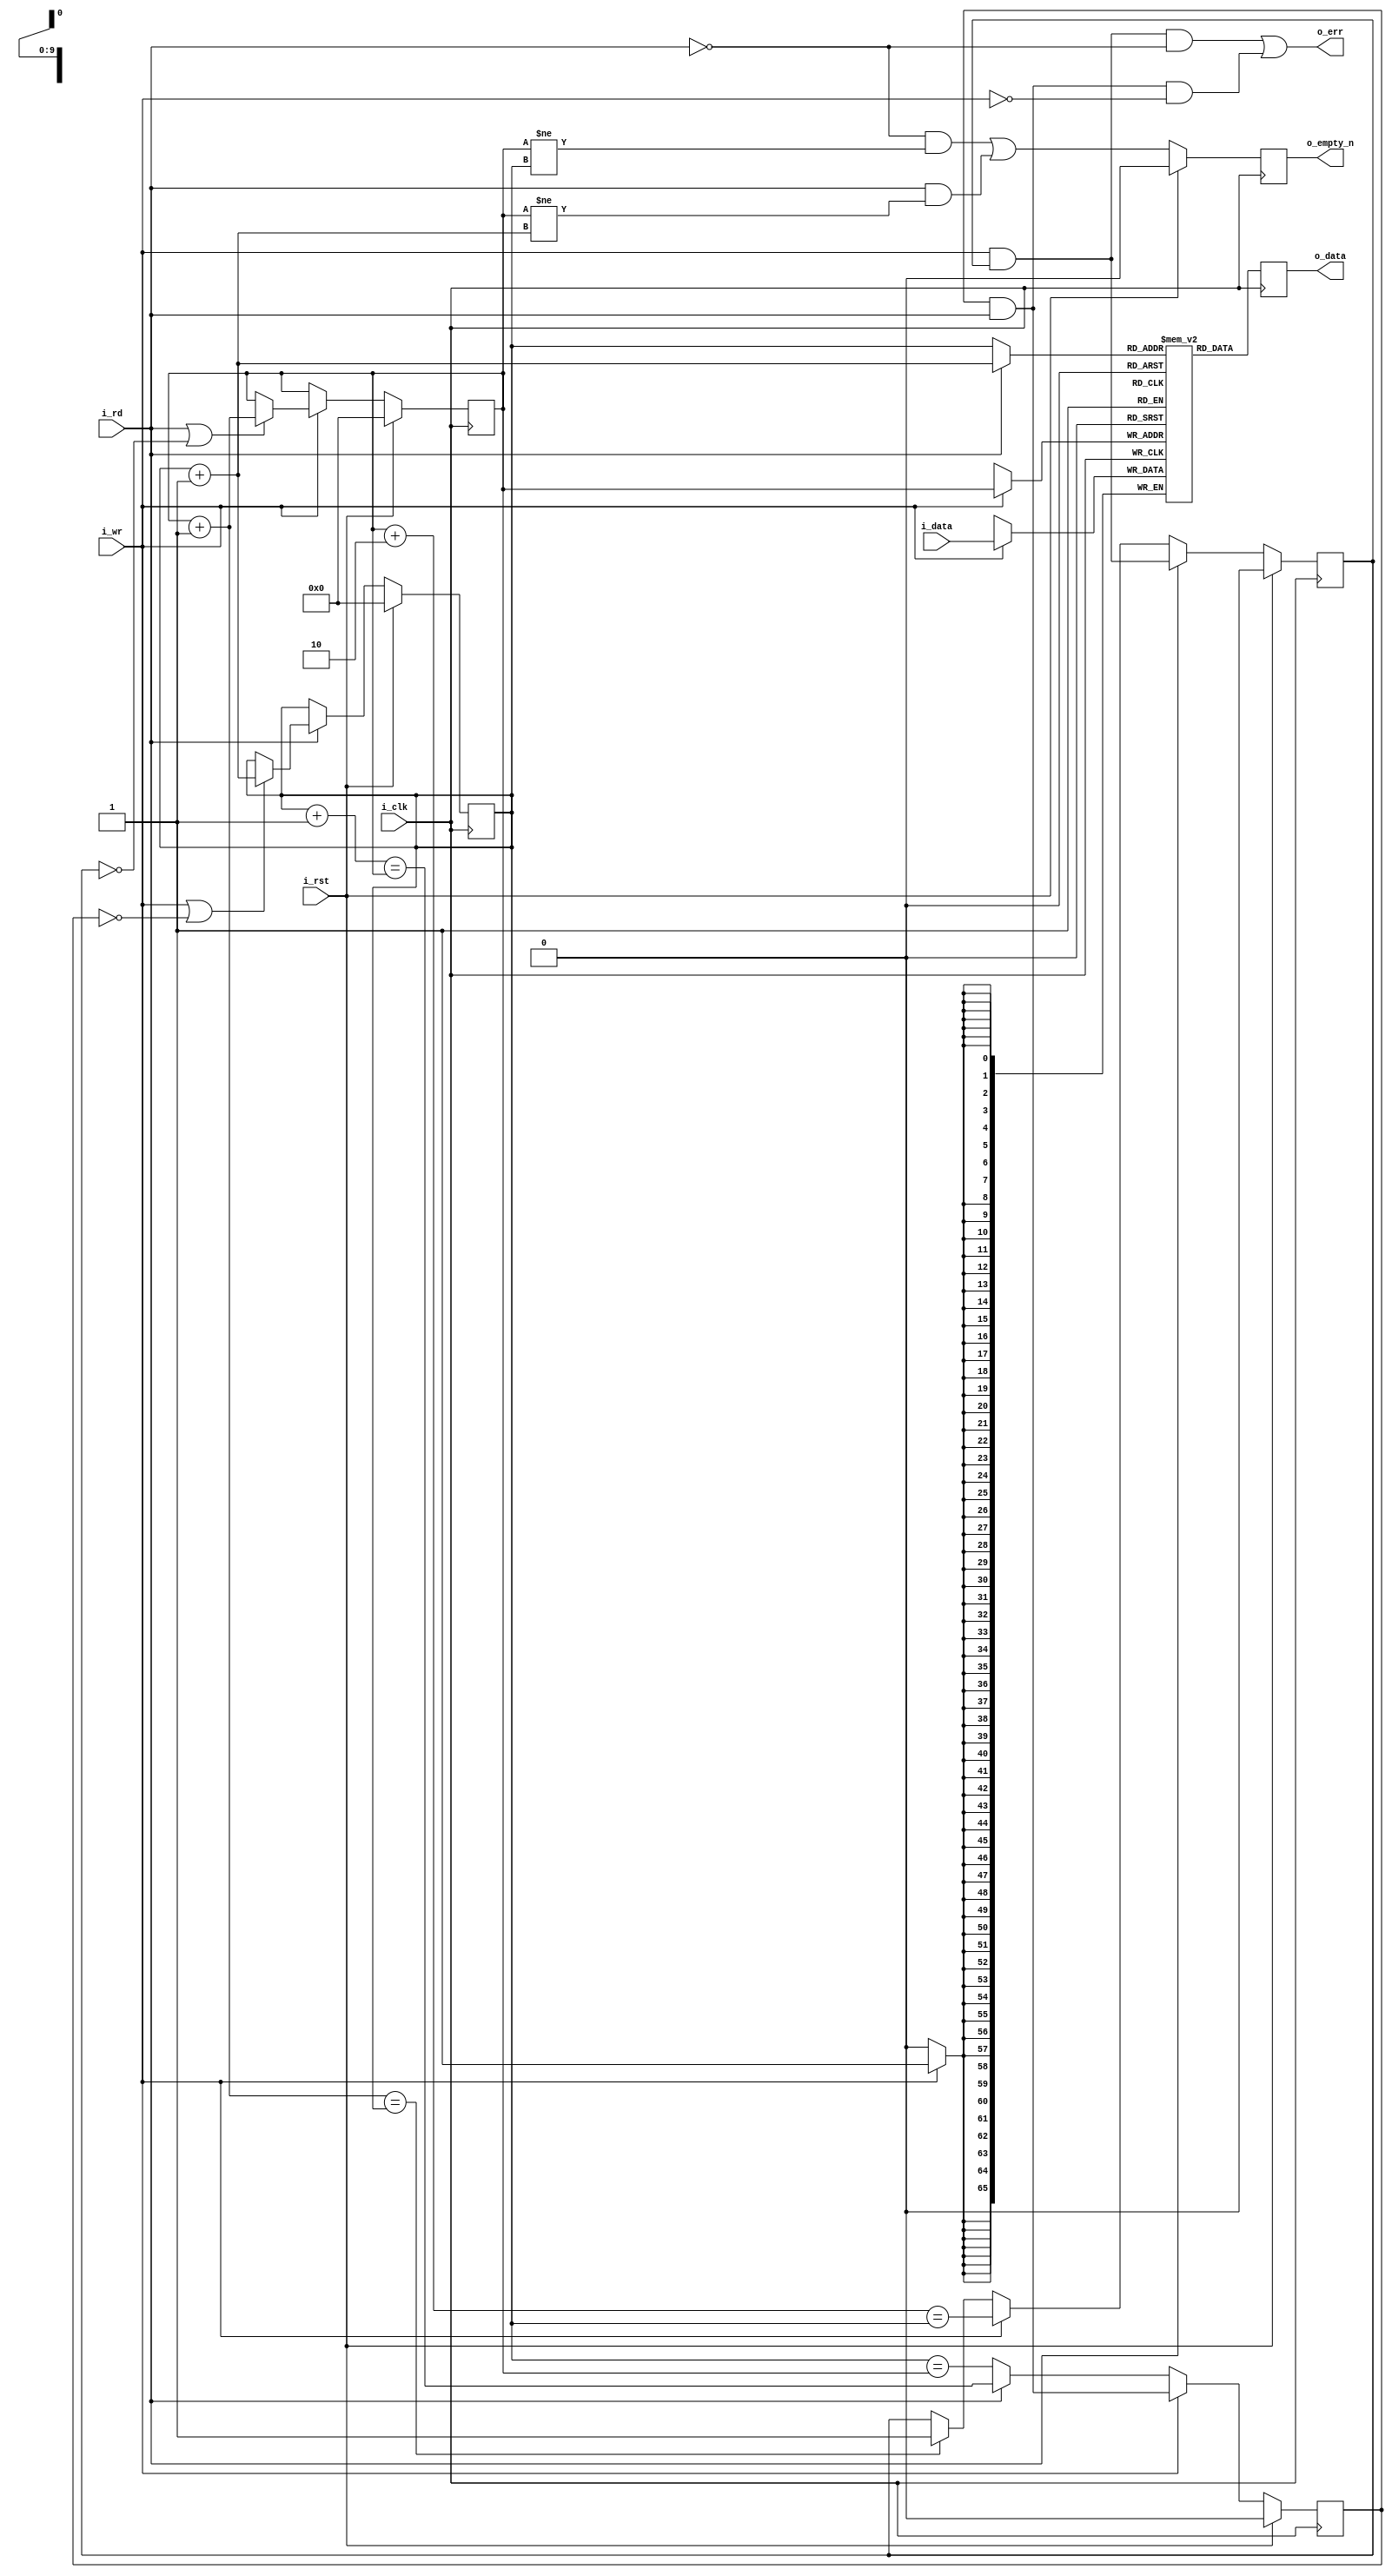
////////////////////////////////////////////////////////////////////////////////
//
//
// Project:	FPGA library
//
// Purpose:	This was once a FIFO for a UART ... but now it works as a
//		synchronous FIFO for JTAG-wishbone conversion 36-bit codewords. 
//
//
// Creator:	Dan Gisselquist, Ph.D.
//		Gisselquist Technology, LLC
//
////////////////////////////////////////////////////////////////////////////////
//
// Copyright (C) 2015,2017, Gisselquist Technology, LLC
//
// This program is free software (firmware): you can redistribute it and/or
// modify it under the terms of  the GNU General Public License as published
// by the Free Software Foundation, either version 3 of the License, or (at
// your option) any later version.
//
// This program is distributed in the hope that it will be useful, but WITHOUT
// ANY WARRANTY; without even the implied warranty of MERCHANTIBILITY or
// FITNESS FOR A PARTICULAR PURPOSE.  See the GNU General Public License
// for more details.
//
// You should have received a copy of the GNU General Public License along
// with this program.  (It's in the $(ROOT)/doc directory.  Run make with no
// target there if the PDF file isn't present.)  If not, see
// <http://www.gnu.org/licenses/> for a copy.
//
// License:	GPL, v3, as defined and found on www.gnu.org,
//		http://www.gnu.org/licenses/gpl.html
//
//
////////////////////////////////////////////////////////////////////////////////
//
//
module wbufifo(i_clk, i_rst, i_wr, i_data, i_rd, o_data, o_empty_n, o_err);
	parameter	BW=66, LGFLEN=10;
	input	wire		i_clk, i_rst;
	input	wire		i_wr;
	input	wire [(BW-1):0]	i_data;
	input	wire		i_rd;
	output	reg [(BW-1):0]	o_data;
	output	reg		o_empty_n;
	output	wire		o_err;

	localparam	FLEN=(1<<LGFLEN);

	reg	[(BW-1):0]	fifo[0:(FLEN-1)];
	reg	[(LGFLEN-1):0]	r_first, r_last;

	wire	[(LGFLEN-1):0]	nxt_first;
	assign	nxt_first = r_first+{{(LGFLEN-1){1'b0}},1'b1};

	reg	will_overflow;
	initial	will_overflow = 1'b0;
	always @(posedge i_clk)
		if (i_rst)
			will_overflow <= 1'b0;
		else if (i_rd)
			will_overflow <= (will_overflow)&&(i_wr);
		else if (i_wr)
			will_overflow <= (r_first+2 == r_last);
		else if (nxt_first == r_last)
			will_overflow <= 1'b1;

	// Write
	initial	r_first = 0;
	always @(posedge i_clk)
		if (i_rst)
			r_first <= { (LGFLEN){1'b0} };
		else if (i_wr)
		begin // Cowardly refuse to overflow
			if ((i_rd)||(~will_overflow)) // (r_first+1 != r_last)
				r_first <= nxt_first;
			// else o_ovfl <= 1'b1;
		end
	always @(posedge i_clk)
		if (i_wr) // Write our new value regardless--on overflow or not
			fifo[r_first] <= i_data;

	// Reads
	//	Following a read, the next sample will be available on the
	//	next clock
	//	Clock	ReadCMD	ReadAddr	Output
	//	0	0	0		fifo[0]
	//	1	1	0		fifo[0]
	//	2	0	1		fifo[1]
	//	3	0	1		fifo[1]
	//	4	1	1		fifo[1]
	//	5	1	2		fifo[2]
	//	6	0	3		fifo[3]
	//	7	0	3		fifo[3]
	reg	will_underflow;
	initial	will_underflow = 1'b0;
	always @(posedge i_clk)
		if (i_rst)
			will_underflow <= 1'b0;
		else if (i_wr)
			will_underflow <= (will_underflow)&&(i_rd);
		else if (i_rd)
			will_underflow <= (r_last+1==r_first);
		else
			will_underflow <= (r_last == r_first);

	initial	r_last = 0;
	always @(posedge i_clk)
		if (i_rst)
			r_last <= { (LGFLEN){1'b0} };
		else if (i_rd)
		begin
			if ((i_wr)||(~will_underflow)) // (r_first != r_last)
				r_last <= r_last+{{(LGFLEN-1){1'b0}},1'b1};
				// Last chases first
				// Need to be prepared for a possible two
				// reads in quick succession
				// o_data <= fifo[r_last+1];
			// else o_unfl <= 1'b1;
		end
	always @(posedge i_clk)
		o_data <= fifo[(i_rd)?(r_last+{{(LGFLEN-1){1'b0}},1'b1})
					:(r_last)];

	assign	o_err = ((i_wr)&&(will_overflow)&&(~i_rd))
				||((i_rd)&&(will_underflow)&&(~i_wr));

	// wire	[(LGFLEN-1):0]	fill;
	// assign	fill = (r_first-r_last);
	wire	[(LGFLEN-1):0]	nxt_last;
	assign	nxt_last = r_last+{{(LGFLEN-1){1'b0}},1'b1};
	always @(posedge i_clk)
		if (i_rst)
			o_empty_n <= 1'b0;
		else
			o_empty_n <= (~i_rd)&&(r_first != r_last)
					||(i_rd)&&(r_first != nxt_last);
endmodule